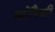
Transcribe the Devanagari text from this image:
बरोंपैकी